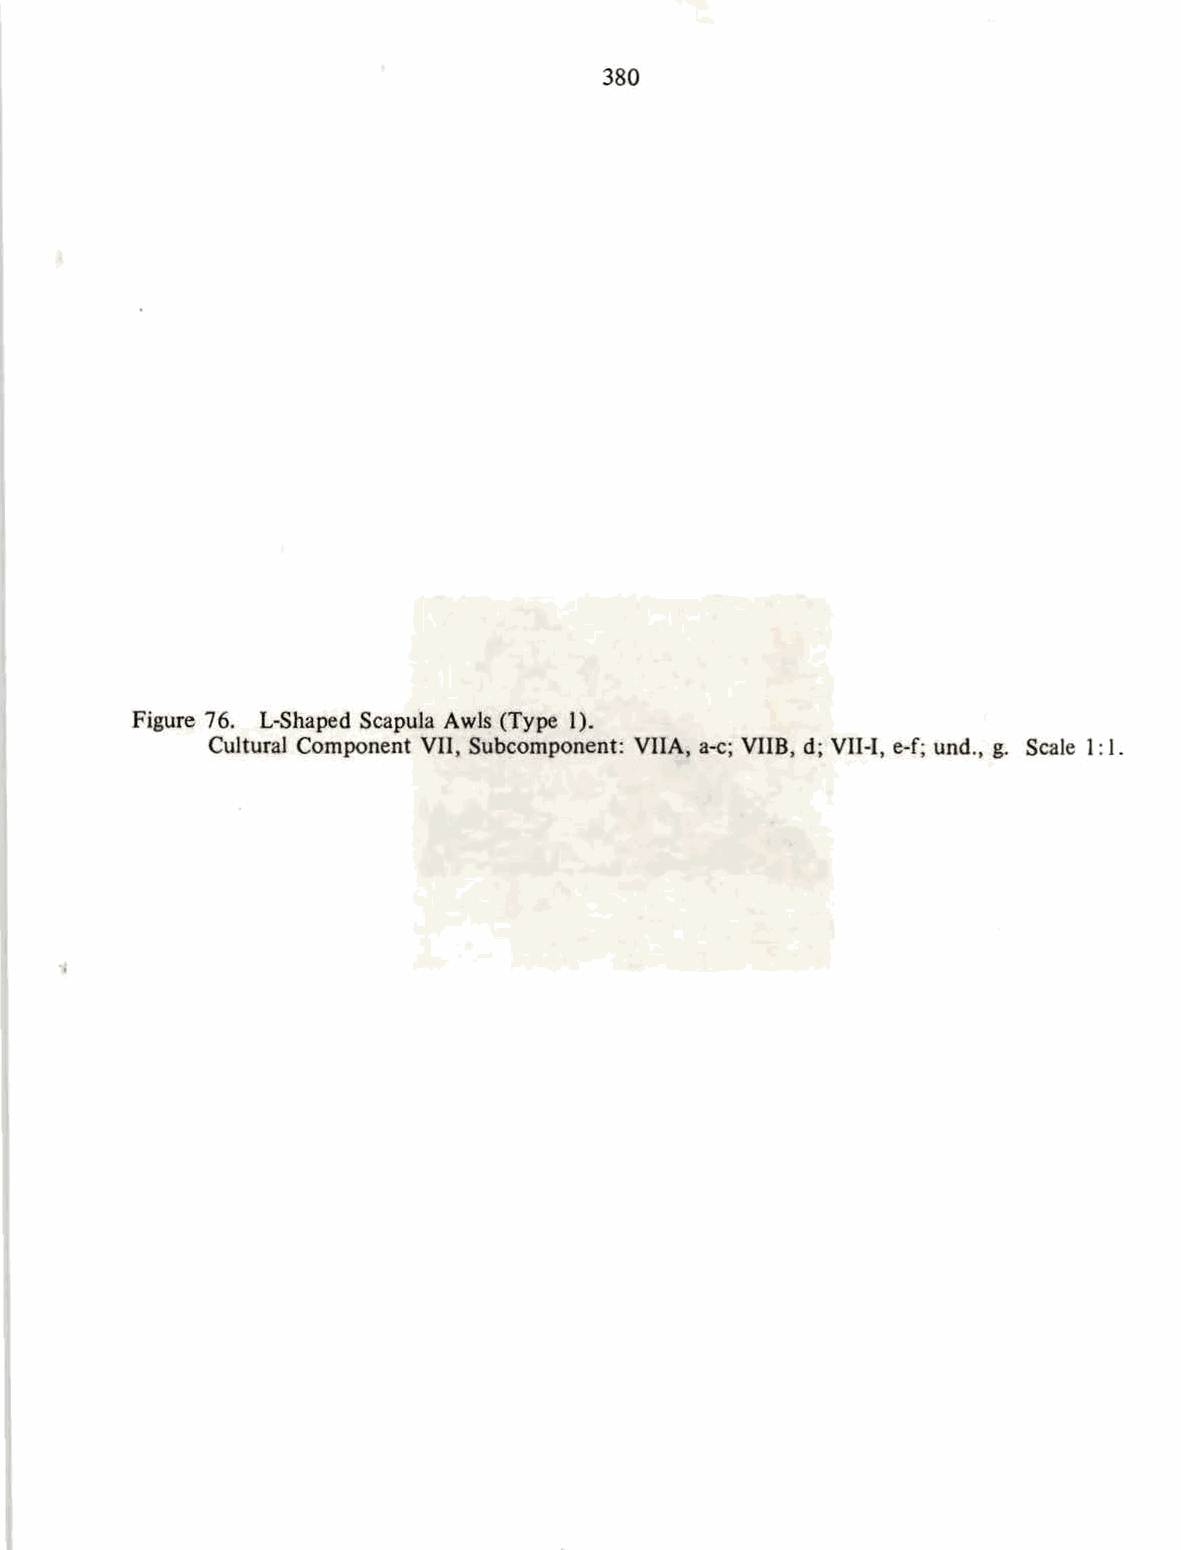
380
 Figure 76. L-Shaped Scapula Awls (Type 1).
 Cultural Component Vll, Subcomponent: VIlA, a-c; VIIB, d; Vll-1, e-f; und., g. Scale 1: I.